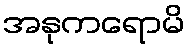
အနုကရောမိ